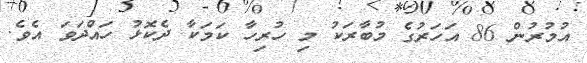
އުމުރުން 86 އަހަރުގެ މުބާރަކު މި ހުރިހާ ކަމަކާ ދެކޮޅު ހައްދަވަ އެވެ.